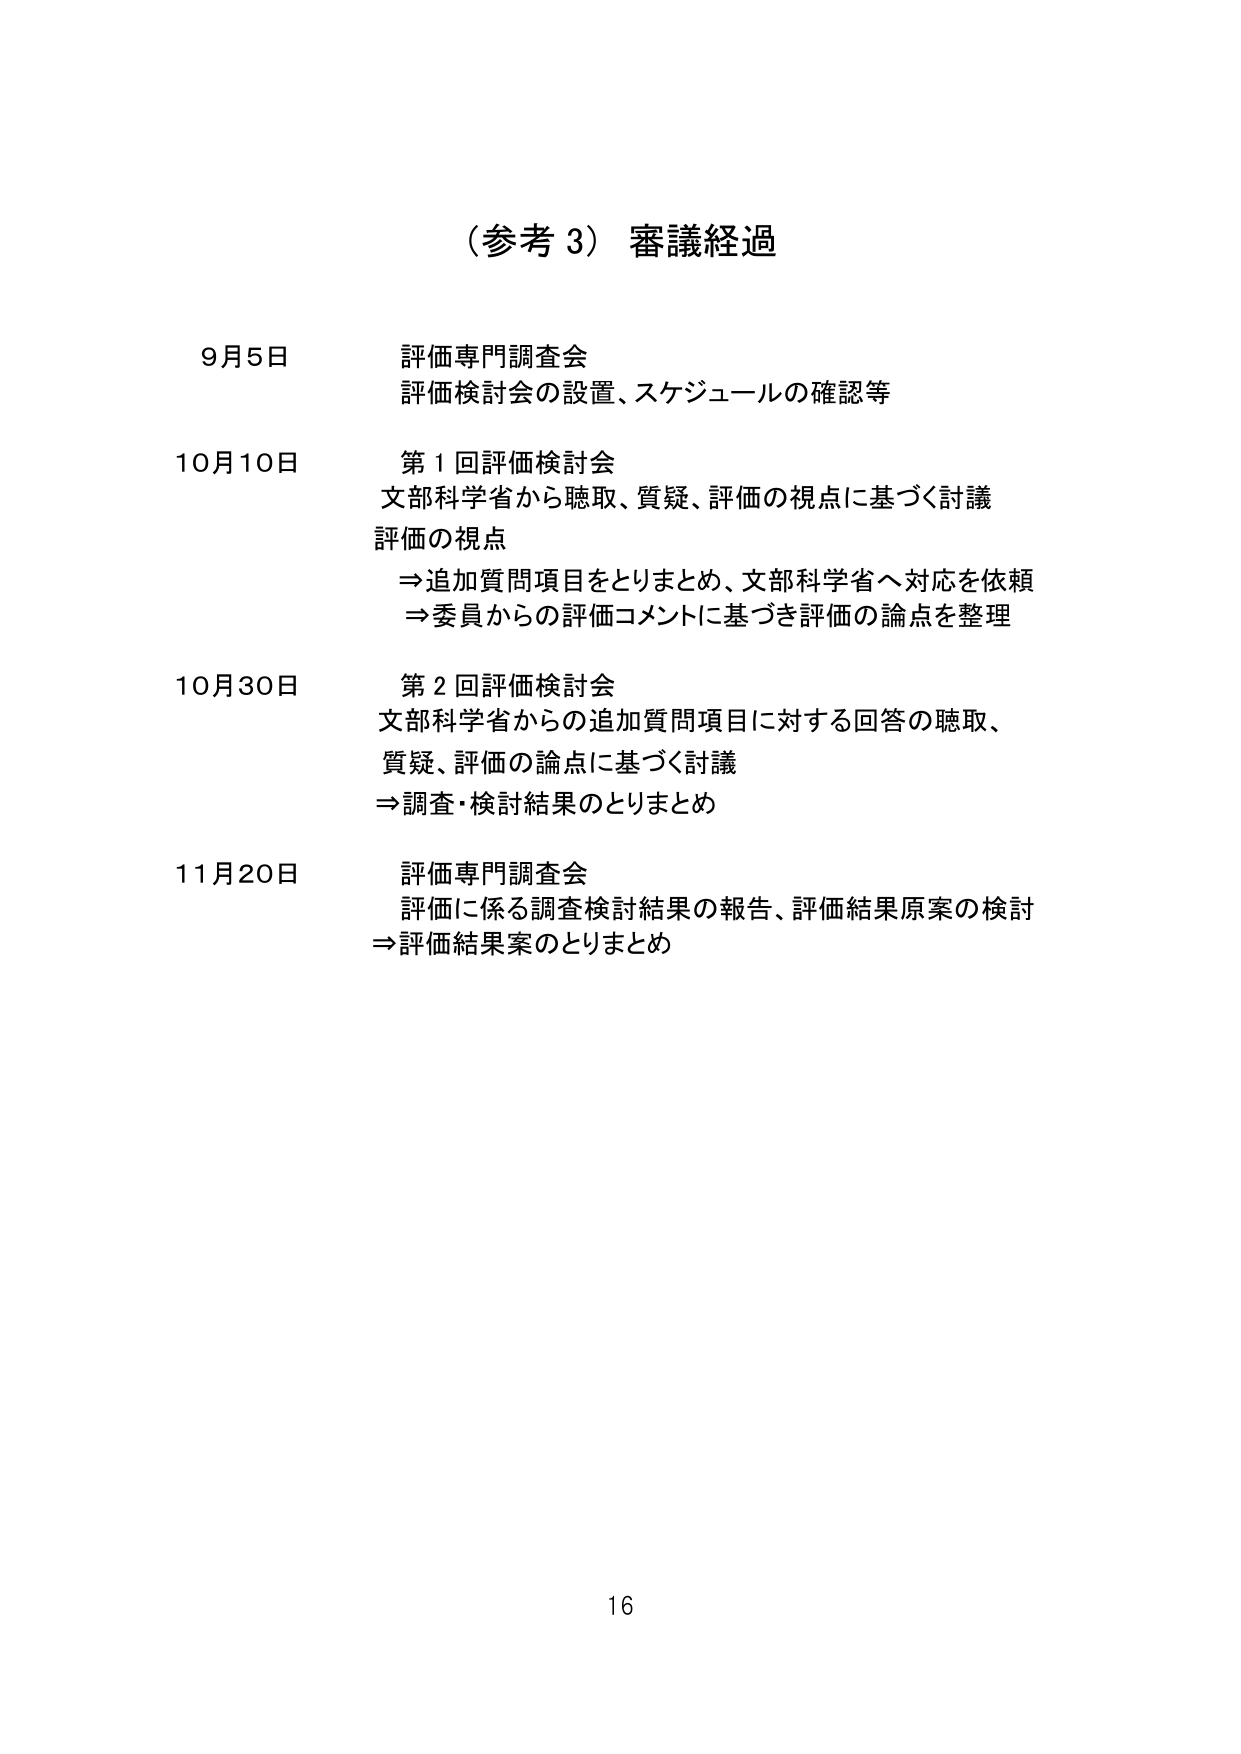
（参考 3）審議経過

9月5日 評価専門調査会
評価検討会の設置、スケジュールの確認等

10月10日 第1回評価検討会
文部科学省から聴取、質疑、評価の視点に基づく討議
評価の視点
⇒追加質問項目をとりまとめ、文部科学省へ対応を依頼
⇒委員からの評価コメントに基づき評価の論点を整理

10月30日 第2回評価検討会
文部科学省からの追加質問項目に対する回答の聴取、
質疑、評価の論点に基づく討議
⇒調査・検討結果のとりまとめ

11月20日 評価専門調査会
評価に係る調査検討結果の報告、評価結果原案の検討
⇒評価結果案のとりまとめ

16